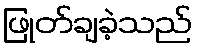
ဖြုတ်ချခဲ့သည်